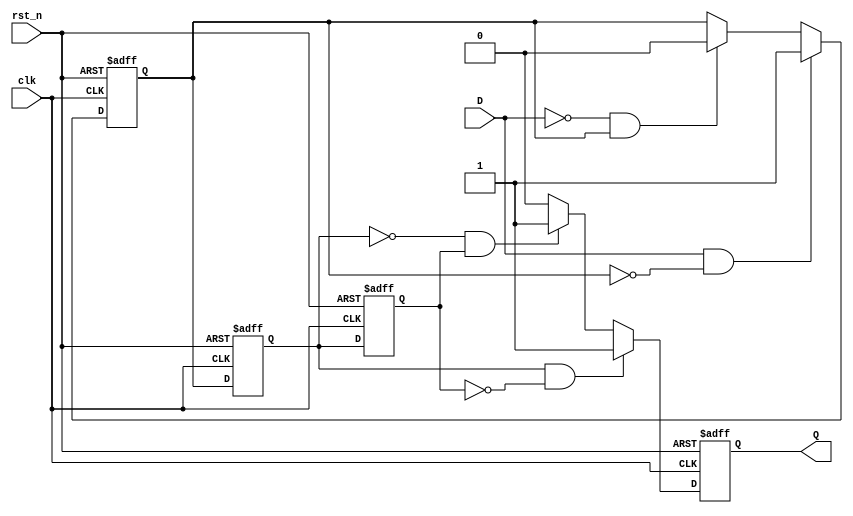
module schmitt_trigger_edge_detector (
    input wire clk,          // Clock signal
    input wire rst_n,       // Active low reset
    input wire D,           // Input signal
    output reg Q            // Output signal for edge detection
);

    // Parameters for hysteresis thresholds
    parameter HIGH_THRESHOLD = 1'b1;
    parameter LOW_THRESHOLD = 1'b0;

    // Internal signals
    reg D_filtered;          // Filtered signal after Schmitt Trigger
    reg D_prev;              // Previous state of the input signal
    reg D_current;           // Current state of the input signal

    // Schmitt Trigger Logic (Hysteresis)
    always @(posedge clk or negedge rst_n) begin
        if (!rst_n) begin
            D_filtered <= LOW_THRESHOLD; // Reset to low state
        end else begin
            // Simple Schmitt Trigger behavior
            if (D == HIGH_THRESHOLD && D_filtered == LOW_THRESHOLD) begin
                D_filtered <= HIGH_THRESHOLD; // Rising edge detected
            end else if (D == LOW_THRESHOLD && D_filtered == HIGH_THRESHOLD) begin
                D_filtered <= LOW_THRESHOLD; // Falling edge detected
            end
        end
    end

    // Flip-flops to capture the current and previous states
    always @(posedge clk or negedge rst_n) begin
        if (!rst_n) begin
            D_prev <= LOW_THRESHOLD; // Reset previous state
            D_current <= LOW_THRESHOLD; // Reset current state
            Q <= 1'b0; // Reset output
        end else begin
            // Capture the current state
            D_prev <= D_current;
            D_current <= D_filtered;

            // Edge detection logic
            if (D_current == HIGH_THRESHOLD && D_prev == LOW_THRESHOLD) begin
                Q <= 1'b1; // Rising edge detected
            end else if (D_current == LOW_THRESHOLD && D_prev == HIGH_THRESHOLD) begin
                Q <= 1'b1; // Falling edge detected
            end else begin
                Q <= 1'b0; // No edge detected
            end
        end
    end

endmodule